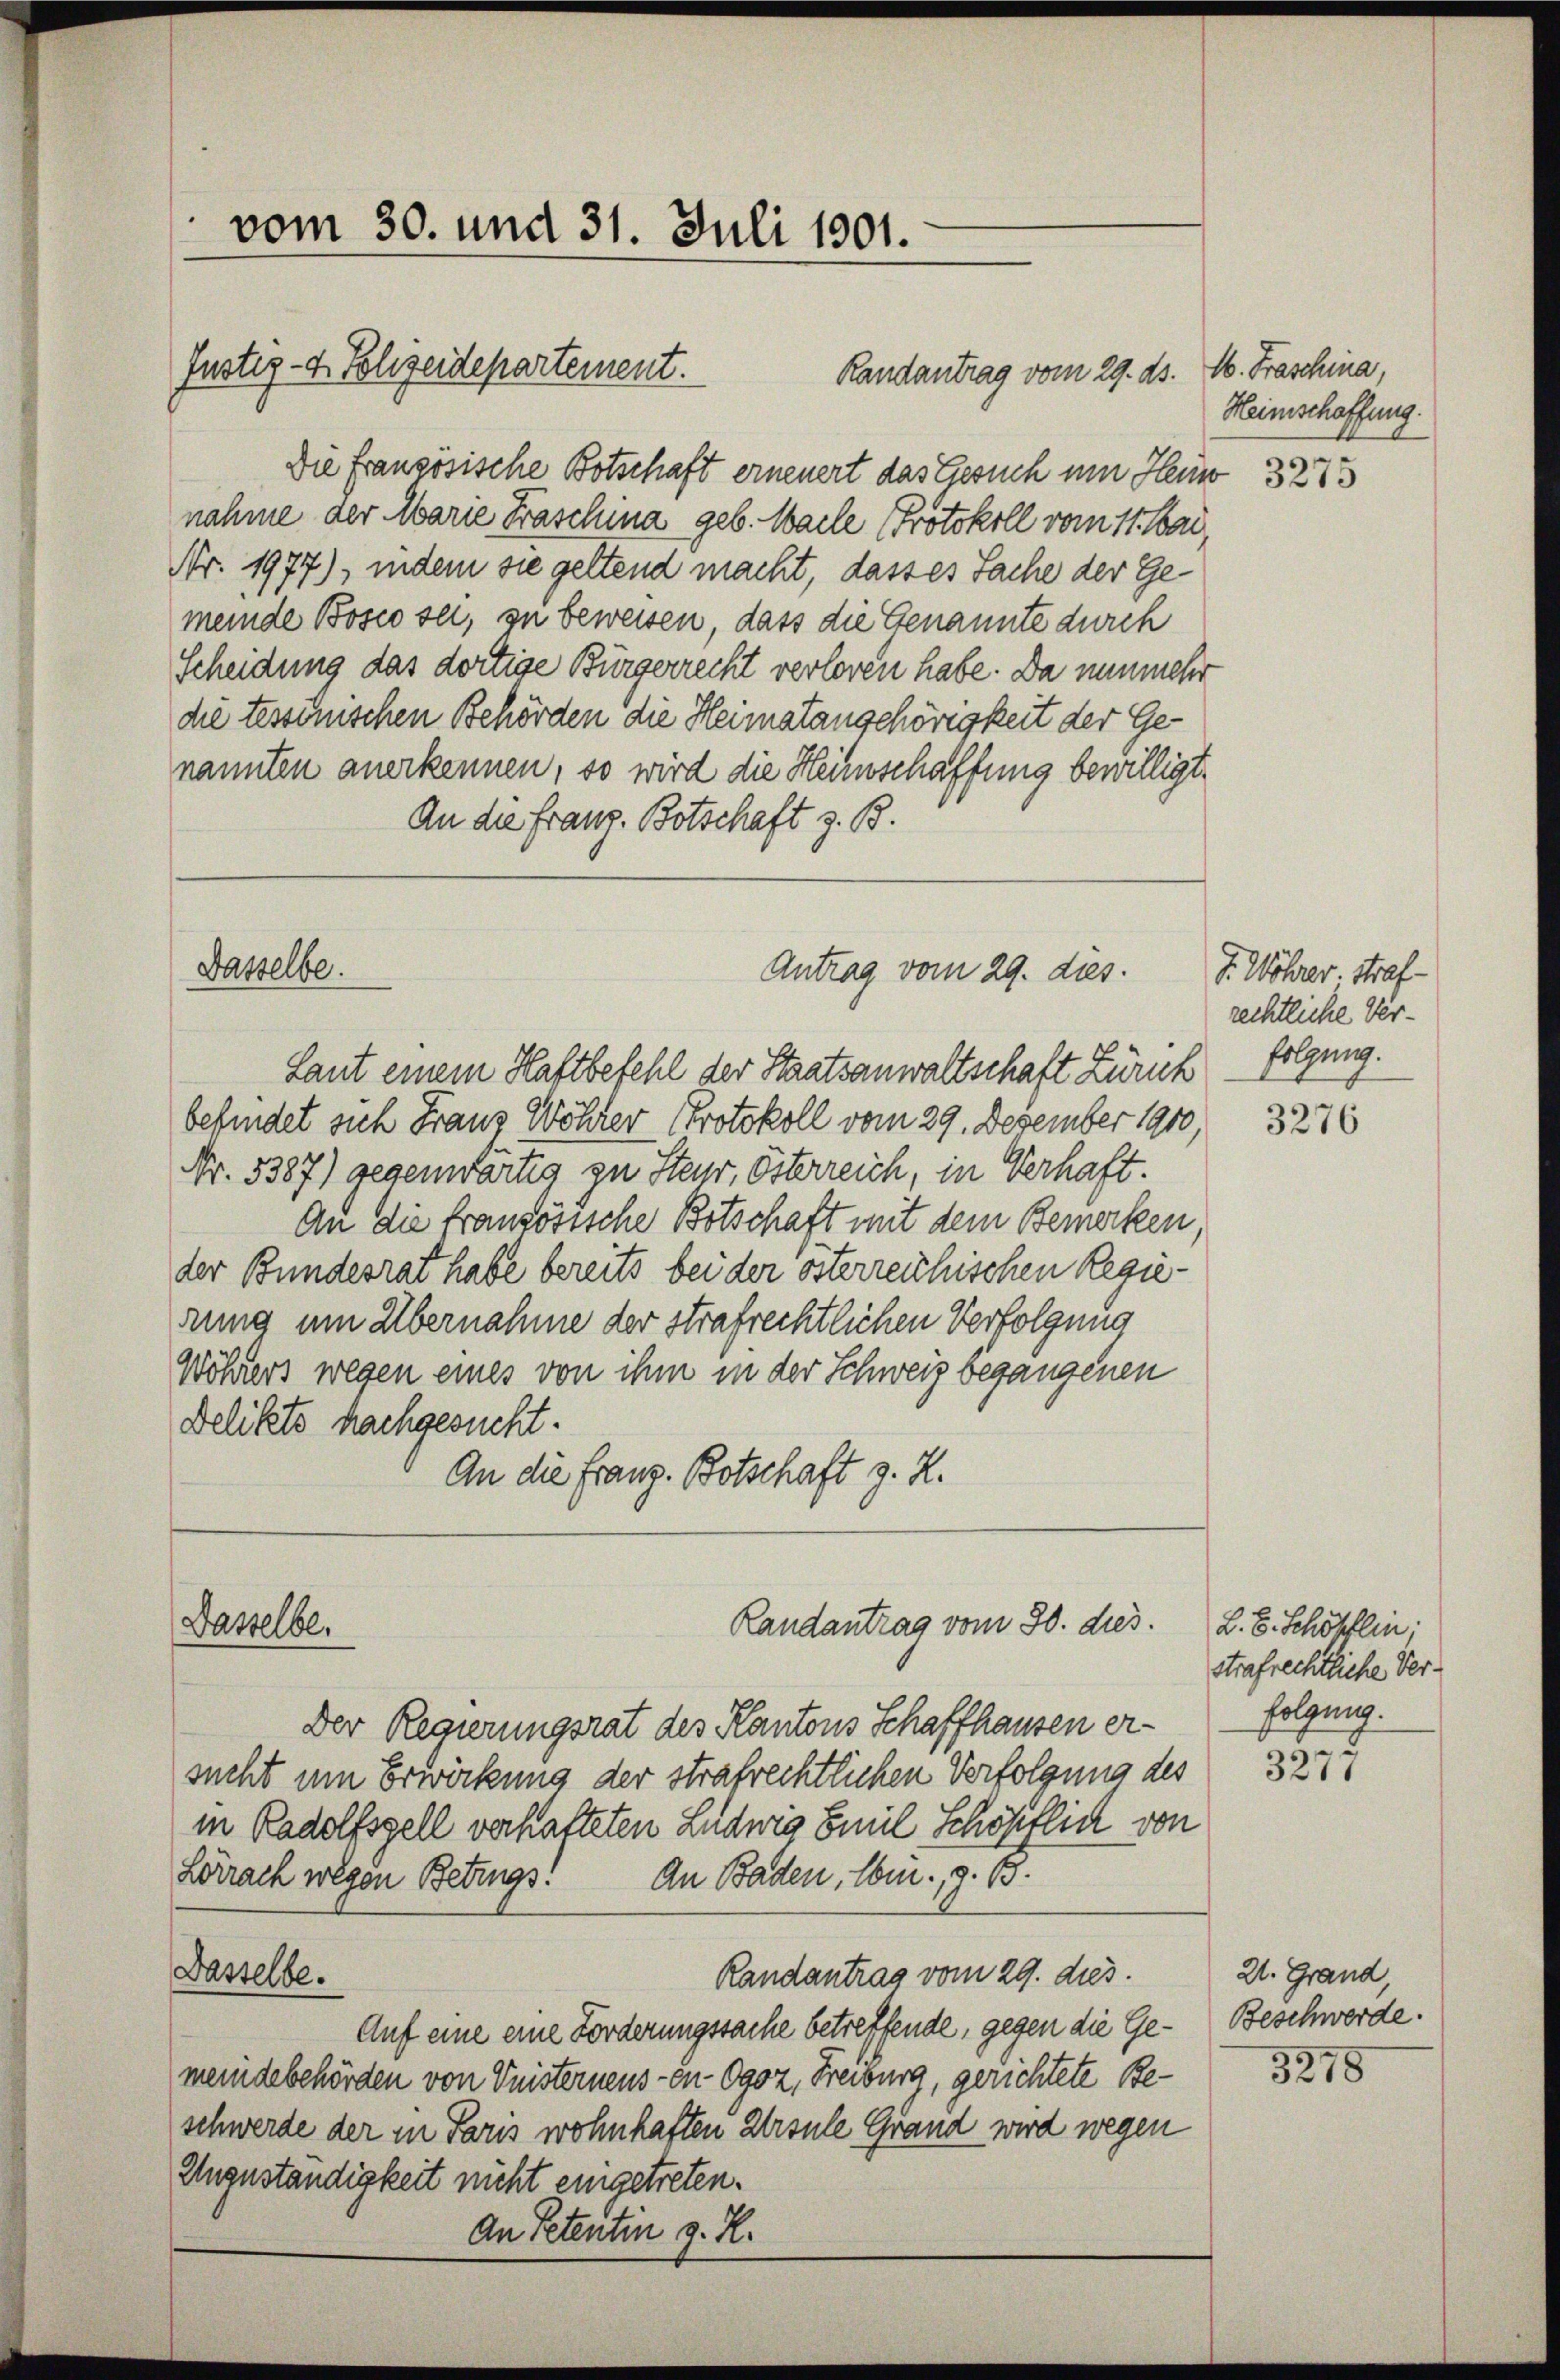
Die französische Botschaft erneuert das Gesuch um Heuw 3273
nahme der Marie Fraschina geb. Wache Protokoll vom 11. Mai
Nr. 1977), indem sie geltend macht, dasses Sache der Gemeinde Bosco sei, zu beweisen, dass die Genannte durch
Scheidung das dortige Bürgerrecht verloren habe. Da nunmehr
die tessinischen Behörden die Heimatangehörigkeit der Genannten anerkennen, so wird die Heimschaffung bewilligt.
An die Franz. Botschaft z. B.

vom 30. und 31. Juli 1901.

Justiz- u. Polizeidepartement.

Dasselbe.

Dasselbe.

Randantrag vom 29. ds.

Antrag vom 29. dies

Randantrag vom 30. dies.

Laut einem Haftbefehl der Staatsanwaltschaft Zürich folgung.
befindet sich Franz Wöhrer Protokoll vom 29. Dezember 1910,
Nr. 5387) gegenwärtig zu Steur, Österreich, in Verhaft.
An die französische Botschaft mit dem Bemerken,
der Bundesrat habe bereits bei der österreichischen Regierung um Übernahme der strafrechtlichen Verfolgung
Wöhlers wegen eines von ihm in der Schweiz begangenen
Delikts nachgesucht.
An die Franz. Botschaft z. Z.
Der Regierungsrat des Kantons Schaffhausen ersucht um Erwirkung der strafrechtlichen Verfolgung des
in Radolfsgell verhalteten Ludwig Emil Schöpflich von
Lörrach wegen Betrugs. An Baden, Ebm., z. B.
Dasselbe.
Randantrag vom 29. dies.
Auf eine eine Forderungssache betreffende, gegen die Gemeindebehörden von Vuisterneus - en 0902, Freiburg, gerichtete Beschwerde der in Paris wohnhaften Ursule Grand wird wegen
Unzuständigkeit nicht eingetreten.
An Petentin g. K.

M. Fraschina,
Heimschaffung.

J. Wöhrer. Straf
rechtliche Ver¬

3276

L. B. Schöfflin;
strafrechtliche Verfolgung.

3277

2. Grand,
Beschwerde.

3218